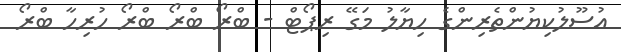
އުސޫލުކިޔުންތެރިންގެ ހިޔާލު މަގޭ ރިޕޯޓް - ބްރޯ ބްރޯ ބްރޯ ހުރިހާ ބްރޯ